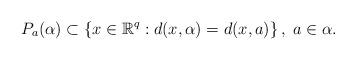
LaTeX: \begin{align*}P_{a}(\alpha)\subset\left\{ x\in\mathbb{R}^{q}:d(x,\alpha)=d(x,a)\right\} ,\; a\in\alpha.\end{align*}